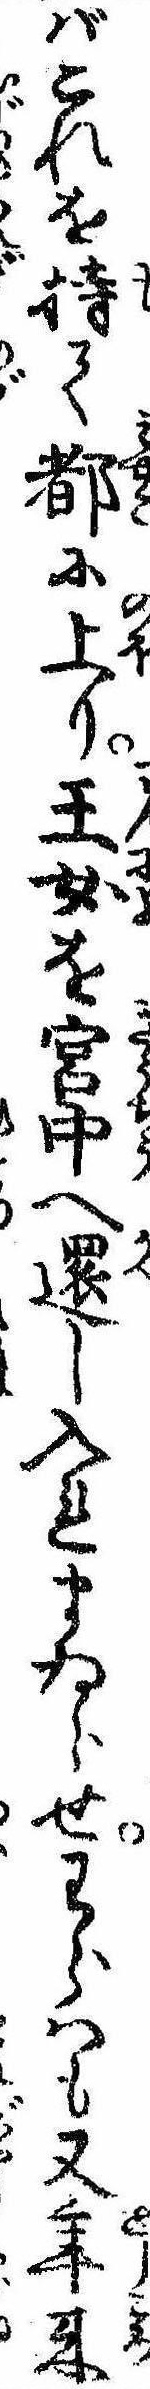
ばこれを持て都に上り王女を宮中へ還し入れまゐらせわらはも又年来